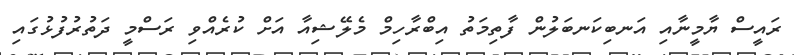
ރައީސް ޔާމީނާއި އަނބިކަނބަލުން ފާތިމަތު އިބްރާހިމް މެލޭޝިއާ އަށް ކުރެއްވި ރަސްމީ ދަތުރުފުޅުގައި